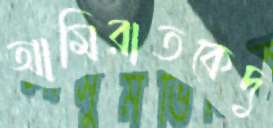
আমিরাতকেদু